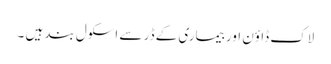
لاک ڈاؤن اور بیماری کے ڈر سے اسکول بند ہیں ۔